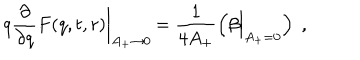
q \frac { \partial } { \partial q } F ( q , t , r ) \biggl | _ { A _ { + } \to 0 } \, = \frac { 1 } { 4 A _ { + } } \left( \beta \Bigl | _ { A _ { + } = 0 } \right) \; ,